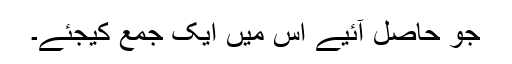
جو حاصل آئیے اس میں ایک جمع کیجئے۔